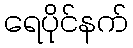
ရေပိုင်နက်